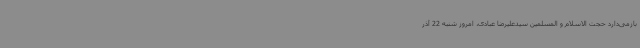
بازمی‌دارد حجت الاسلام و المسلمین سیدعلیرضا عبادی، امروز شنبه 22 آذر